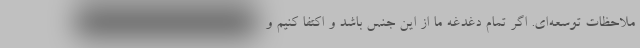
ملاحظات توسعه‌ای. اگر تمام دغدغه ما از این جنس باشد و اکتفا کنیم و